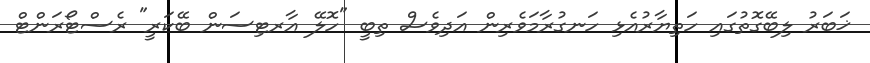
ޚަބަރު ލިބޭގޮތުގައި ހަތިޔާރުއެޅި ހަނގުރާމަވެރިން އަދިވެސް ތިބީ "ހޮލޭ އާރޓިސަން ބޭކަރީ" ރެސްޓޯރަންޓް